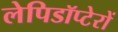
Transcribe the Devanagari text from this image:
लेपिडॉप्टेरों